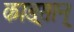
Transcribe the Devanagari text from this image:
काङ्सान्